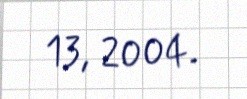
13, 2004.